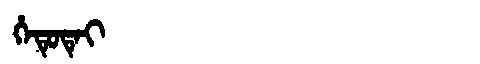
Manchu: ᡥᡝᡨᡠᡨᡝᡳ
Romanization: HETUTEI